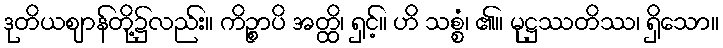
ဒုတိယဈာန်တို့၌လည်း။ ကိဉ္စာပိ အတ္ထိ၊ ရှင့်။ ဟိ သစ္စံ၊ ၏။ မုဋ္ဌဿတိဿ၊ ရှိသော။